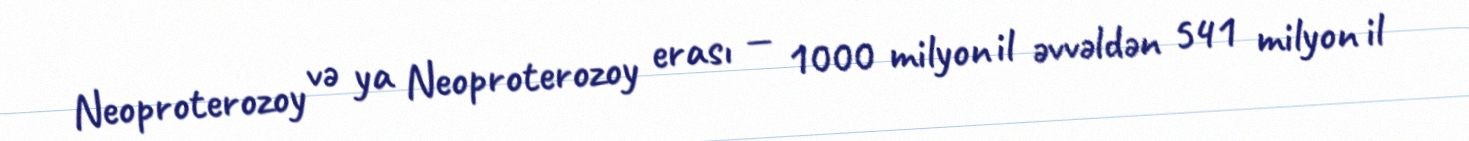
Neoproterozoy və ya Neoproterozoy erası — 1000 milyon il əvvəldən 541 milyon il